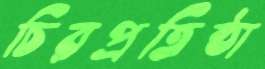
চিরপ্রতিষ্ঠা